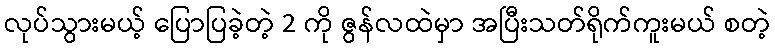
လုပ်သွားမယ့် ပြောပြခဲ့တဲ့ 2 ကို ဇွန်လထဲမှာ အပြီးသတ်ရိုက်ကူးမယ် စတဲ့